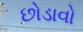
છોડાવો